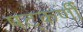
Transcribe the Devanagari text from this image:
षट्‌कर्णीं